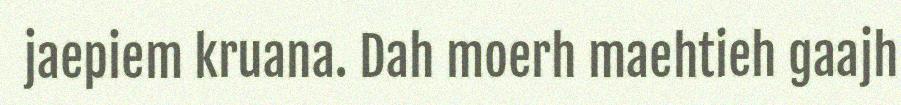
jaepiem kruana. Dah moerh maehtieh gaajh